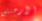
الأرجنتين